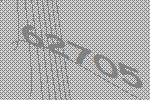
62705